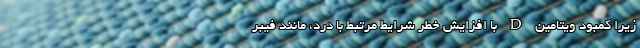
زیرا کمبود ویتامین D با افزایش خطر شرایط مرتبط با درد، مانند فیبر